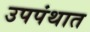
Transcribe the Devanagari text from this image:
उपपंथात